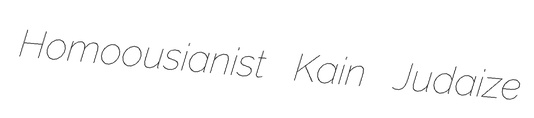
Homoousianist Kain Judaize